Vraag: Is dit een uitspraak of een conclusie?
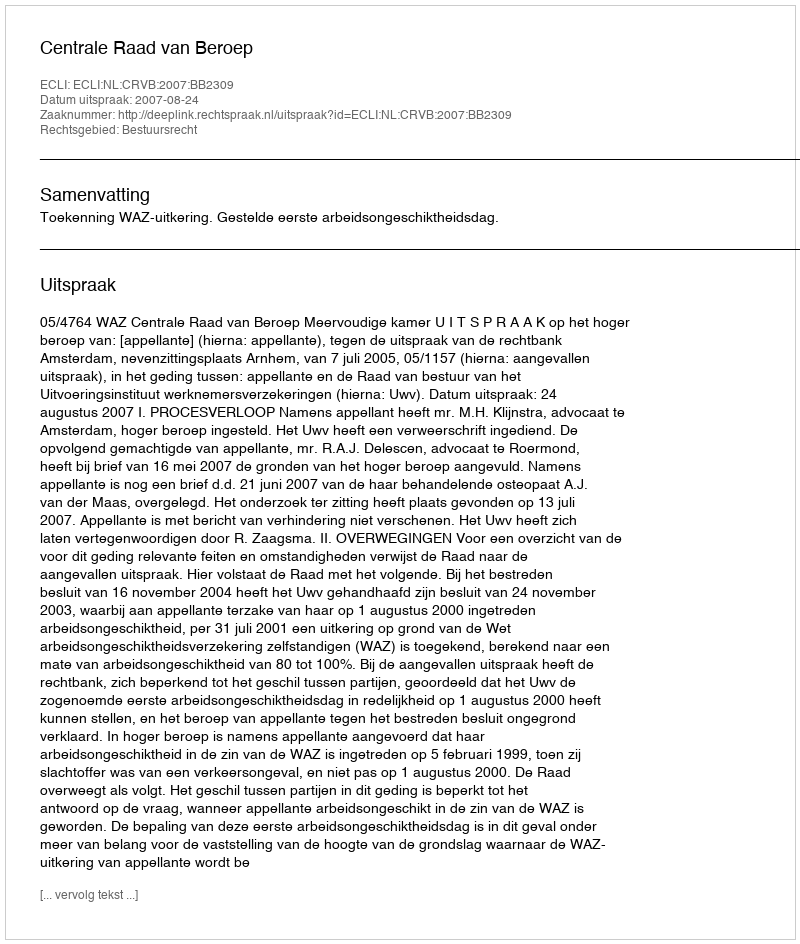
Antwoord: Uitspraak